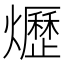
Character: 爏